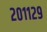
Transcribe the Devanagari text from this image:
२०११२९